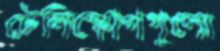
টেলিস্কোপগুলো